Vaccine operations Central Provinces 1868-1885 - 1868-1885
Year: 1868
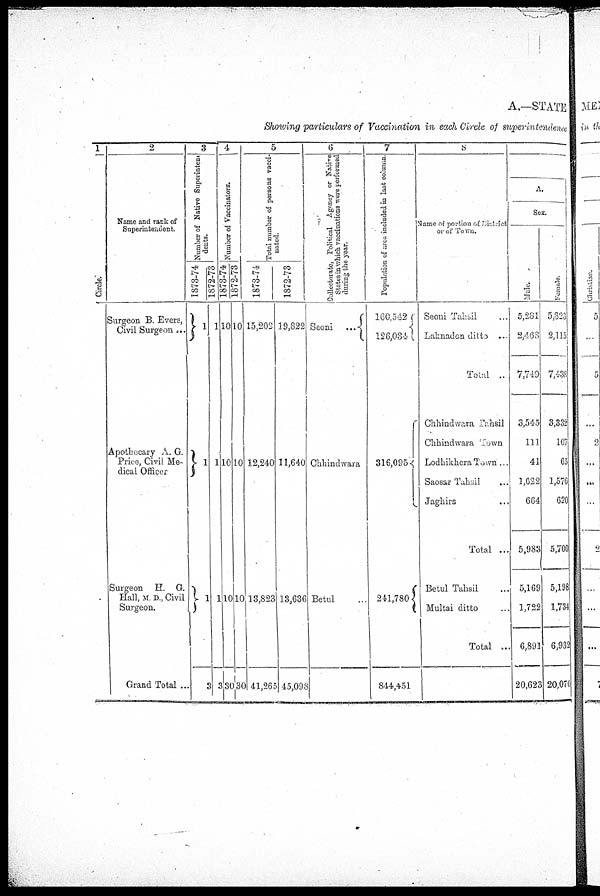
A.—STATE
Showing particulars of Vaccination in each Circle of superintendence
1
Circle.
2
Name and rack of
Superintendent.
Surgeon B. Evers,
Civil Surgeon ...
Apothecary A. G.
Price, Civil Me-
dical Officer
Surgeon H. G.
Hall, M D., Civil
Surgeon.
Grand Total ...
3
4
Number of Native Superinten¬
dents.
1873-74
1
1
11
3
1872-73
1
1
1
3
Number of Vaccinators.
1873-74
10
10
10
30
1872-73
10
10
10
30
5
Total number of persons vacci-
nated.
1873-74
15,202
12,240
13,823
41,265
1872-73
19,822
11,640
13,636
45,098
6
Collectorate, Political Agency or Native
States in Which vaccinations were performed
during the year.
Seoni ...
Chhindwara
Betul ...
7
Population of area included in last column.
160,542
126,084
316,095
241,780
844,451
8
Name of portion of District
or of Town.
Seoni Tahsil ...
Laknadon ditto ...
Total ..
Chhindwara Tahsil
Chhindware Town
Lodhikhera Town ...
Saosar Tahsil ...
Jaghirs ...
Total ...
Betul Tahsil ...
Multai ditto ...
Total ...
A.
Sex.
Male.
5,281
4,468
7,749
3,545
111
41
1,622
664
5,983
5,169
1,722
6,891
20,623
Female.
5,323
2,115
7,438
3,332
107
65
1,576
620
5,700
5,198
1,734
6,932
20,070